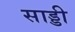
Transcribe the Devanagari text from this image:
साड्डी